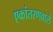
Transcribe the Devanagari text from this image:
एकांतरणवाले